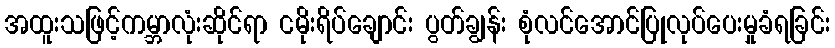
အထူးသဖြင့်ကမ္ဘာလုံးဆိုင်ရာ ငမိုးရိပ်ချောင်း ပွတ်ချွန်း စုံလင်အောင်ပြုလုပ်ပေးမှုခံရခြင်း